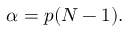
\alpha = p ( N - 1 ) .